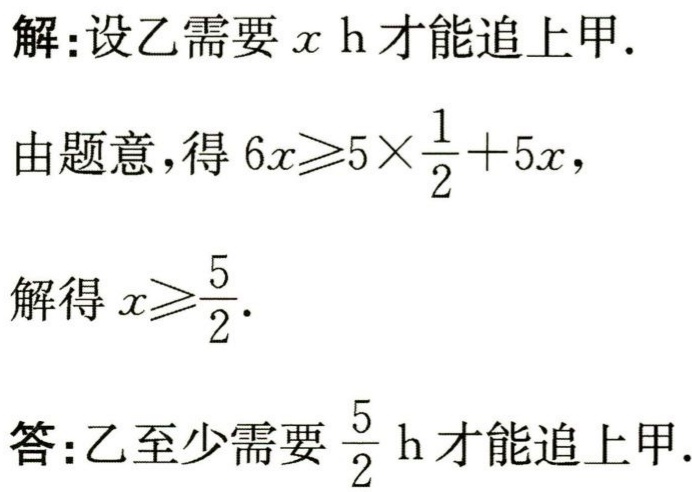
解:设乙需要\(x\ h\)才能追上甲.

由题意,得\(6x\geqslant5\times\frac{1}{2}+5x\),

解得\(x\geqslant\frac{5}{2}\).

答:乙至少需要\(\frac{5}{2}\ h\)才能追上甲.